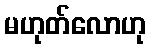
မဟုတ်လောဟု